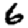
Digit: 6